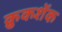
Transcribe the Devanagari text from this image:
क्रुकशेंक